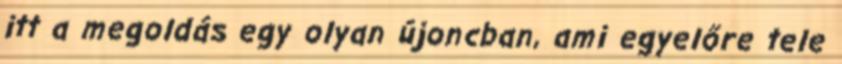
itt a megoldás egy olyan újoncban, ami egyelőre tele